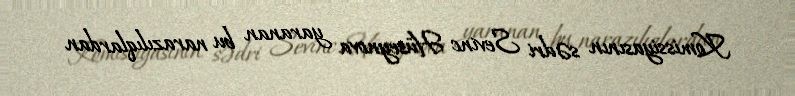
Komissiyasının sədri Sevinc Hüseynova yaranan bu narazılıqlardan